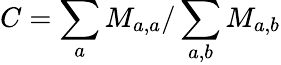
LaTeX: C=\sum_{a}M_{a,a}/\sum_{a,b}M_{a,b}